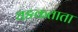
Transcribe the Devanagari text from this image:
धङकताता